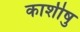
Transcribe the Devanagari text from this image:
काशीषु